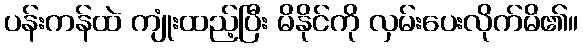
ပန်းကန်ထဲ ကျုံးထည့်ပြီး မိနိုင်ကို လှမ်းပေးလိုက်မိ၏။